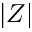
| Z |